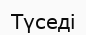
Түседі